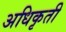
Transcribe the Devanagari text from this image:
अधिकृती